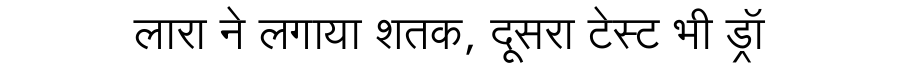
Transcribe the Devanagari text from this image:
लारा ने लगाया शतक, दूसरा टेस्ट भी ड्रॉ